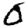
Digit: 0